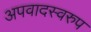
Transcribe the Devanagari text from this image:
अपवादस्वरुप